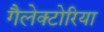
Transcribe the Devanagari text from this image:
गैलेक्टोरिया